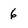
Character: 6